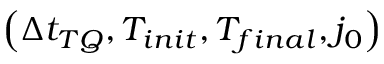
\left( \Delta t _ { T Q } , T _ { i n i t } , T _ { f i n a l } , j _ { 0 } \right)